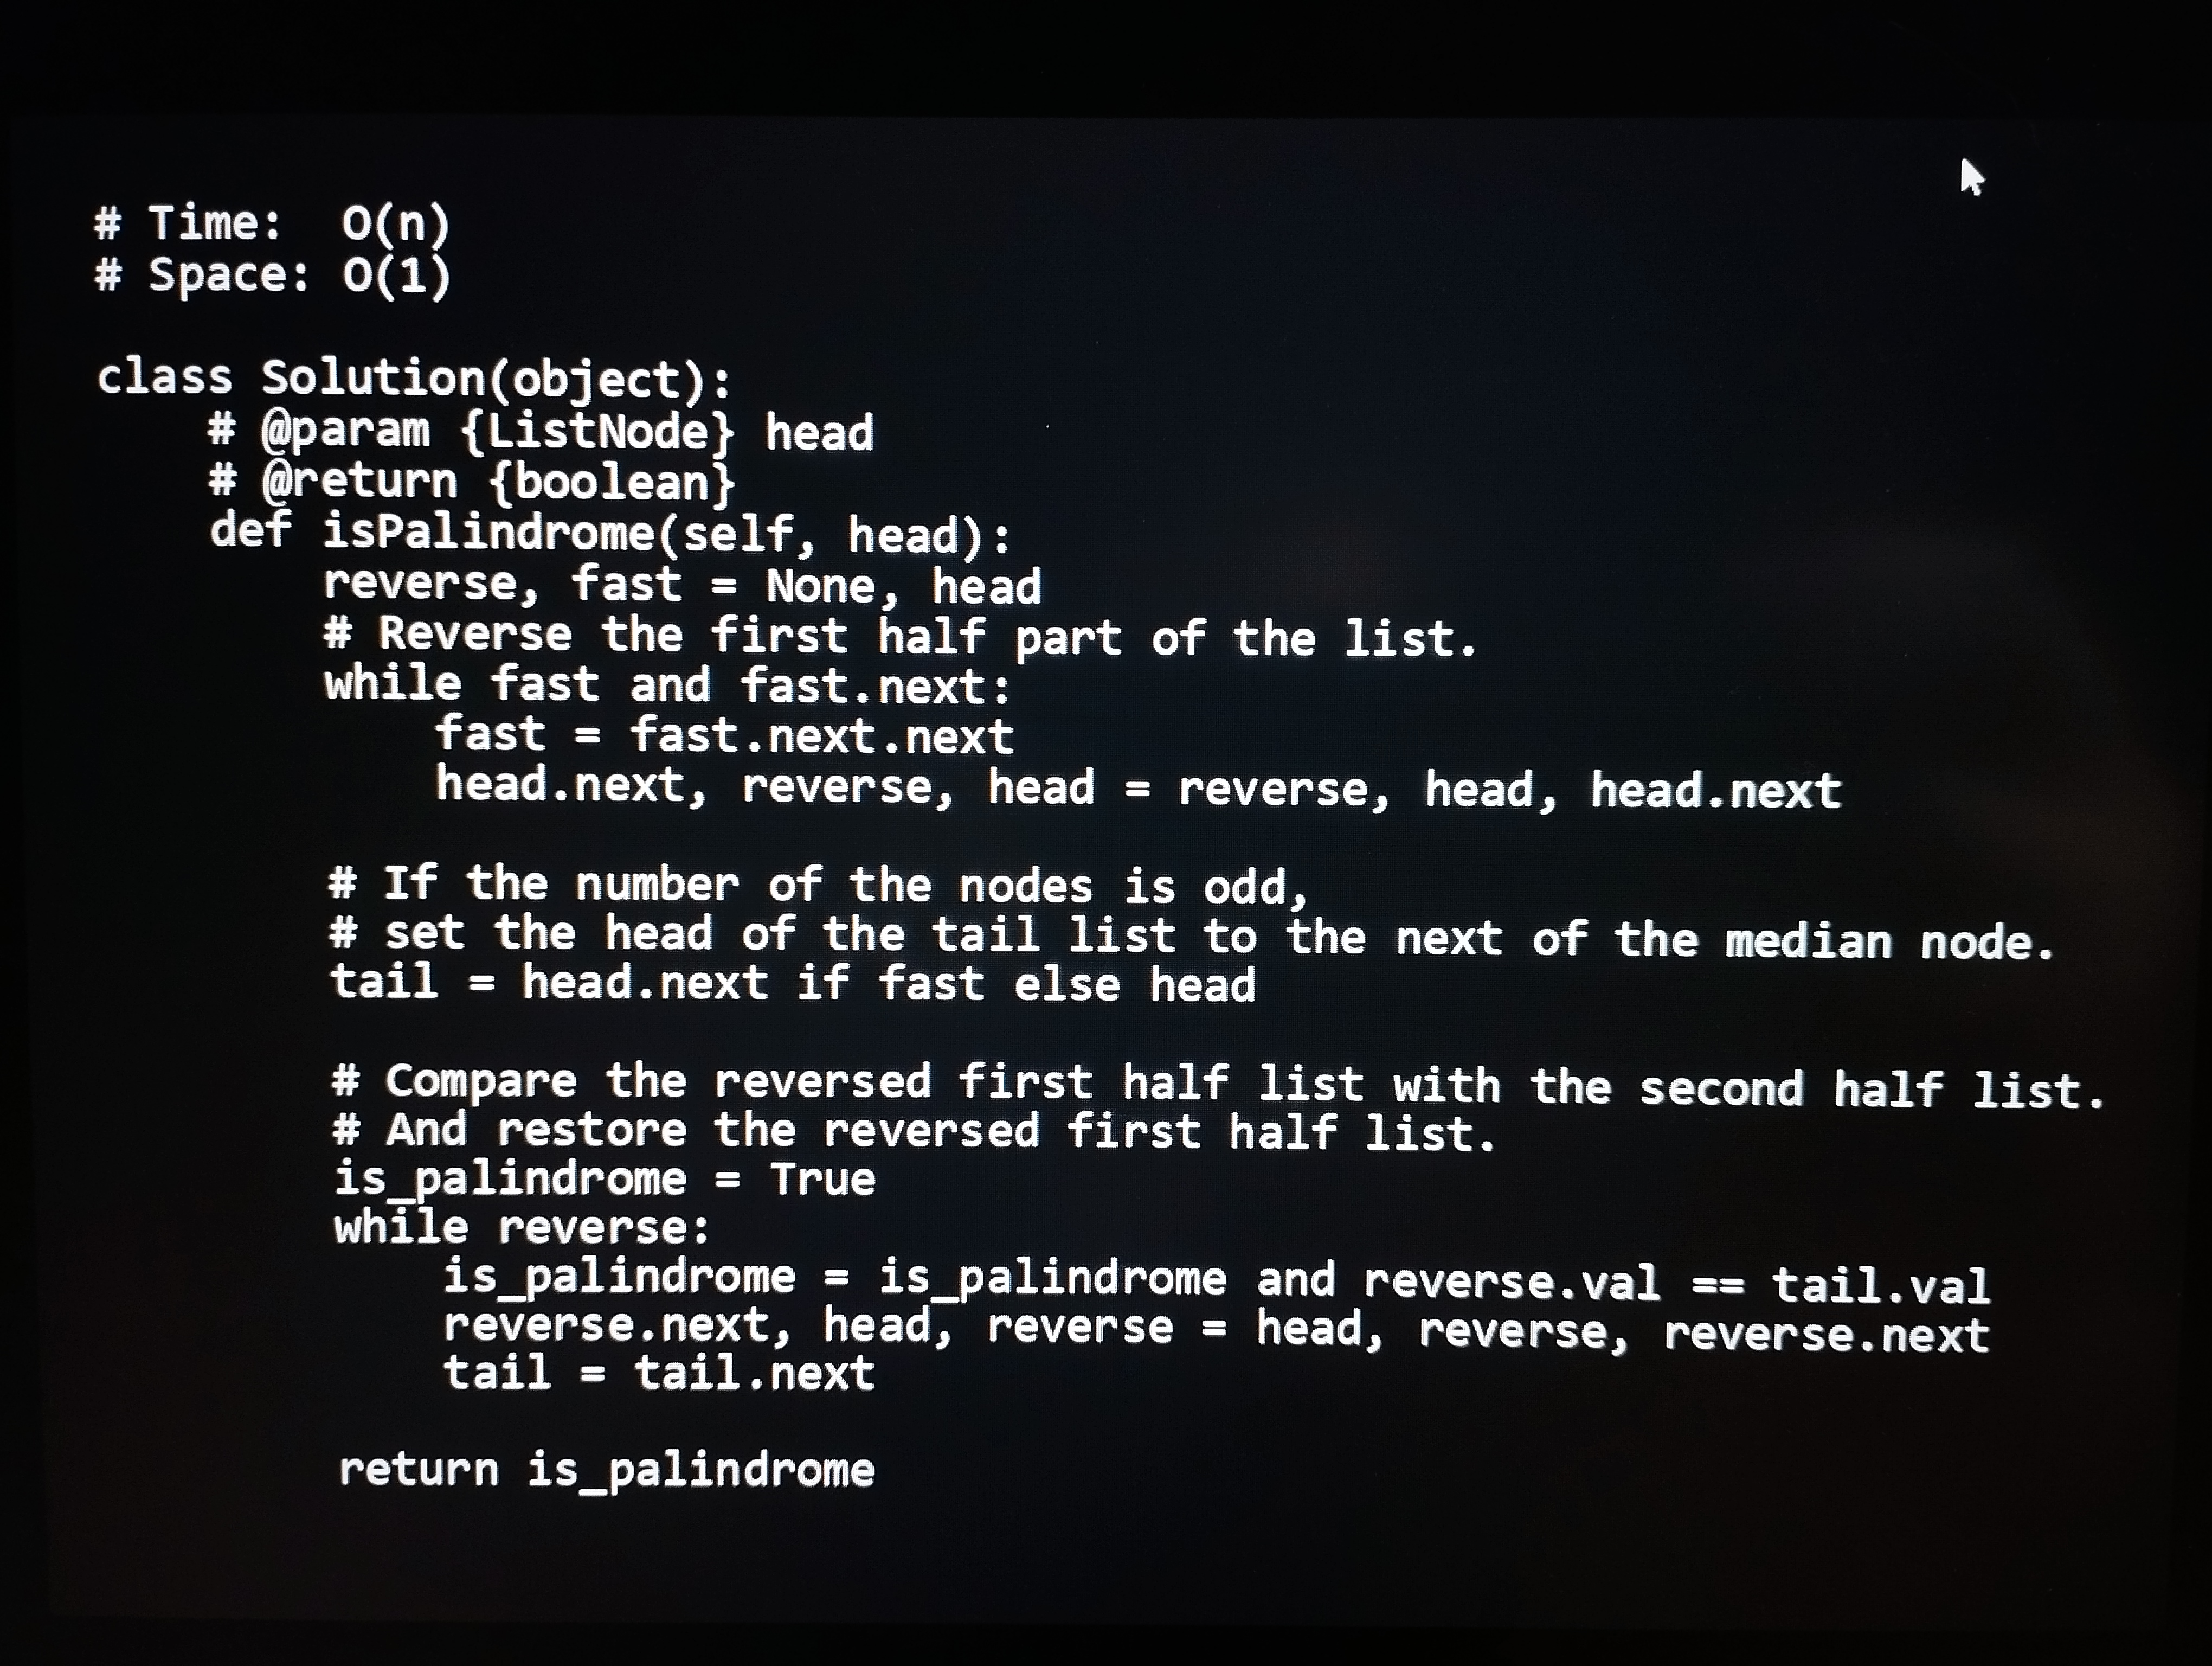
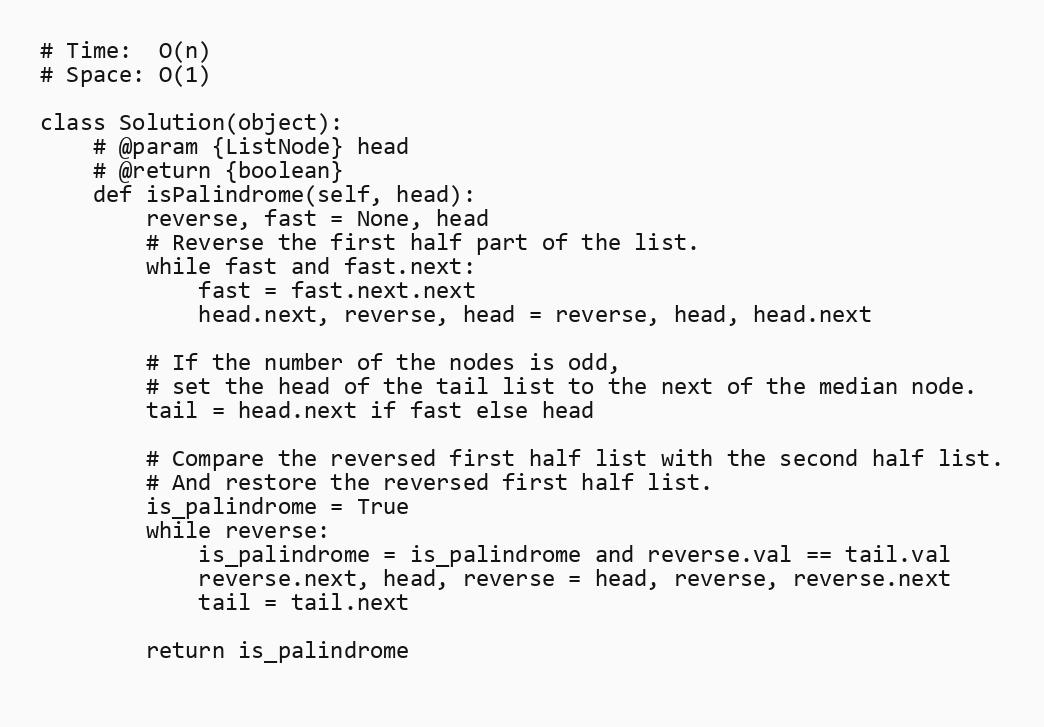
# Time:  O(n)
# Space: O(1)

class Solution(object):
    # @param {ListNode} head
    # @return {boolean}
    def isPalindrome(self, head):
        reverse, fast = None, head
        # Reverse the first half part of the list.
        while fast and fast.next:
            fast = fast.next.next
            head.next, reverse, head = reverse, head, head.next

        # If the number of the nodes is odd,
        # set the head of the tail list to the next of the median node.
        tail = head.next if fast else head

        # Compare the reversed first half list with the second half list.
        # And restore the reversed first half list.
        is_palindrome = True
        while reverse:
            is_palindrome = is_palindrome and reverse.val == tail.val
            reverse.next, head, reverse = head, reverse, reverse.next
            tail = tail.next

        return is_palindrome